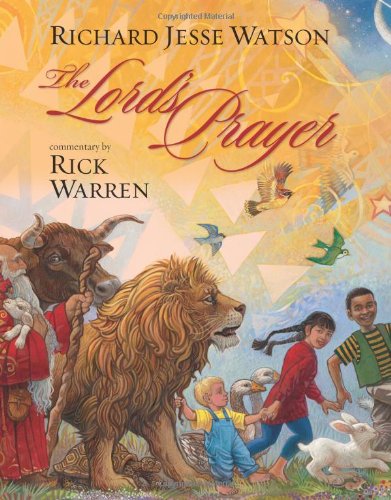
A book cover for The Lord's Prayer (Illustrated Scripture); Rick Warren; Children's Books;